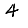
Digit: 4